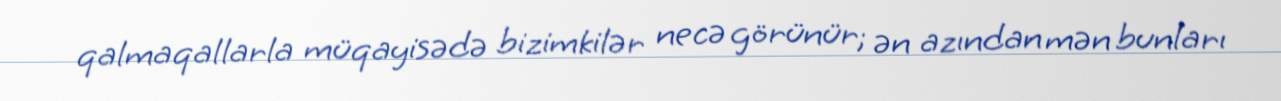
qalmaqallarla müqayisədə bizimkilər necə görünür; ən azından mən bunları